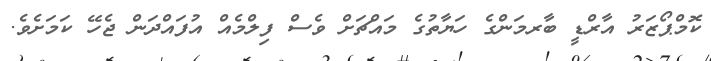
ކޮމްޕޯޒަރު އާރްޑީ ބާރމަންގެ ހަޔާތުގެ މައްޗަށް ވެސް ފިލްމެއް އުފައްދަން ޖެހޭ ކަމަށެވެ.